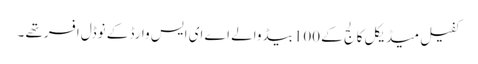
کفیل میڈیکل کالج کے 100بیڈ والے اے ای ایس وارڈ کے نوڈل افسرتھے ۔